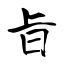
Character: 旨